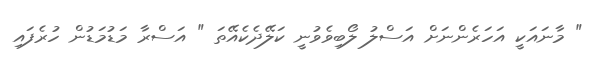
" މާނައަކީ އަހަރެންނަށް އަސްލު ލޯބިވެވުނީ ކަލޭދެކެއޭތަ " އަސްރާ މަޑުމަޑުން ހުރެފައި